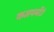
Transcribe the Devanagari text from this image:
कमपनीउं